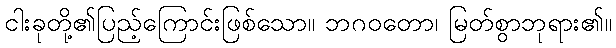
ငါးခုတို့၏ပြည့်ကြောင်းဖြစ်သော။ ဘဂဝတော၊ မြတ်စွာဘုရား၏။